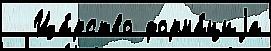
  Ца́рство форма́циjа